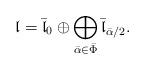
LaTeX: \begin{align*}\mathfrak{l} = \bar{\mathfrak{l}}_0 \oplus \bigoplus_{\bar{\alpha}\in \bar{\Phi}} \bar{\mathfrak{l}}_{\bar{\alpha}/2}.\end{align*}